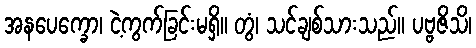
အနပေက္ခော၊ ငဲ့ကွက်ခြင်းမရှိ။ တွံ၊ သင်ချစ်သားသည်။ ပဗ္ဗဇိသိ၊